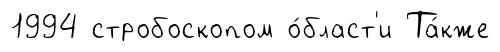
1994 стробоскопом о́бласт'и Та́кже